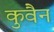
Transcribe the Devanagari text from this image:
कुवैन